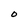
Character: O